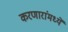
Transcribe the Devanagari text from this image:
करणारांमध्यें